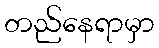
တည်နေရာမှာ